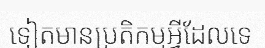
ទៀតមានប្រតិកម្មអ្វីដែលទេ